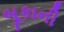
બૂકાની